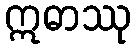
ဣဓာဿု